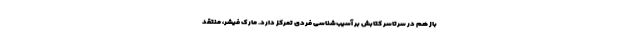
باز هم در سرتاسر کتابش بر آسیب‌شناسی فردی تمرکز دارد. مارک فیشر، منتقد